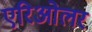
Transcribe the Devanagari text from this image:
एरिओलर